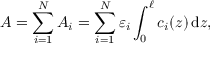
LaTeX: A = \sum _ { i = 1 } ^ { N } A _ { i } = \sum _ { i = 1 } ^ { N } \varepsilon _ { i } \int _ { 0 } ^ { \ell } c _ { i } ( z ) \, \mathrm { d } z ,